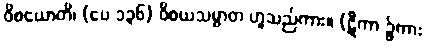
ဝိစယောတိ၊ (ပေ ၁၃၆) ဝိစယသမ္ပာတ ဟူသည်ကား။ (ဋီကာ ၌ကား